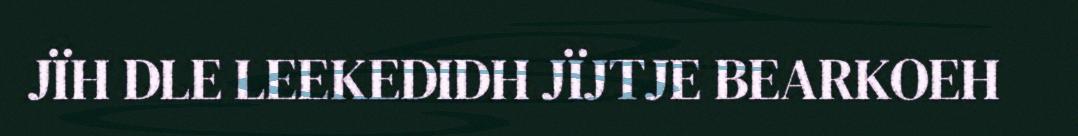
JÏH DLE LEEKEDIDH JÏJTJE BEARKOEH